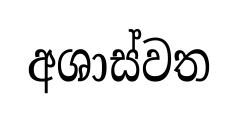
අශාස්වත